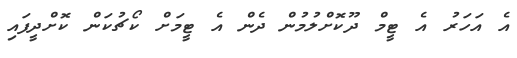
އެ އަހަރު އެ ޓީމް ދޫކޮށްލުމުން ދެން އެ ޓީމަށް ކޯޗުކަން ކޮށްދީފައި